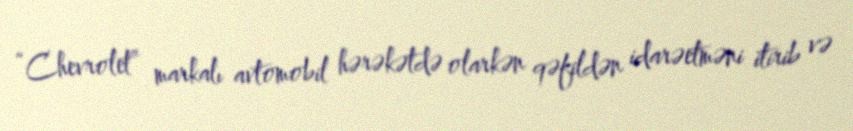
“Chevrolet” markalı avtomobil hərəkətdə olarkən qəfildən idarəetməni itirib və